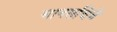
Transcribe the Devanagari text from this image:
मानसचित्रे